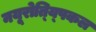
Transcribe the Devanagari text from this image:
नयूरोत्य्पिकल